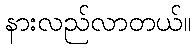
နားလည်လာတယ်။